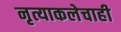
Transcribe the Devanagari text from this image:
नृत्याकलेचाही